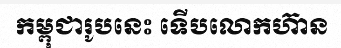
កម្ពុជារូបនេះ ទើបលោកហ៊ាន